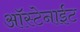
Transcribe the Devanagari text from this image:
ऑस्टेनाईट